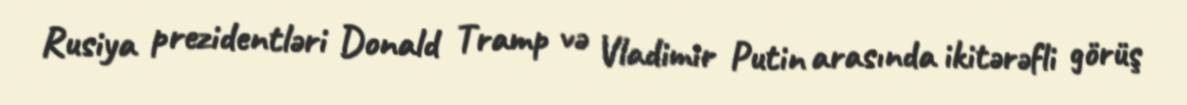
Rusiya prezidentləri Donald Tramp və Vladimir Putin arasında ikitərəfli görüş